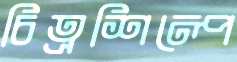
চিত্রশিল্পে